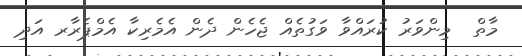
މާތް  މިންވަރު ކުރައްވާ ވަގުތެއް ޖެހެން ދެން އެމެރިކާ އެމްޕެރާރ އަދި